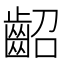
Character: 齠